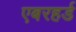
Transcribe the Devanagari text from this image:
एबरहर्ड